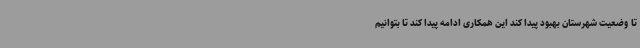
تا وضعیت شهرستان بهبود پیدا کند این همکاری ادامه پیدا کند تا بتوانیم